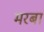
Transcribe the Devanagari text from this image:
मरबा